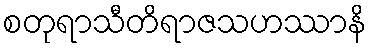
စတုရာသီတိရာဇသဟဿာနိ